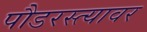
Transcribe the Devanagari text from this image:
पौडरस्त्यावर